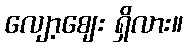
လျော့ဈေး ရှိလား။